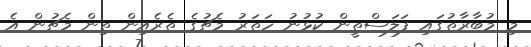
މި މުބާރާތުގައި ފަލަސްތީން ކުޅުނު ހަތަރު މެޗުގެ ތެރެއިން ތިން މެޗުން އެ